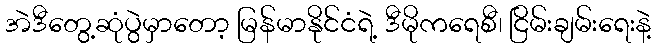
အဲဒီတွေ့ဆုံပွဲမှာတော့ မြန်မာနိုင်ငံရဲ့ ဒီမိုကရေစီ၊ ငြိမ်းချမ်းရေးနဲ့